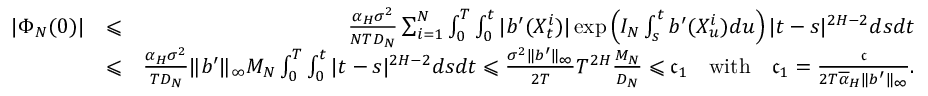
\begin{array} { r l r } { | \Phi _ { N } ( 0 ) | } & { \leqslant } & { \frac { \alpha _ { H } \sigma ^ { 2 } } { N T D _ { N } } \sum _ { i = 1 } ^ { N } \int _ { 0 } ^ { T } \int _ { 0 } ^ { t } | b ^ { \prime } ( X _ { t } ^ { i } ) | \exp \left( I _ { N } \int _ { s } ^ { t } b ^ { \prime } ( X _ { u } ^ { i } ) d u \right) | t - s | ^ { 2 H - 2 } d s d t } \\ & { \leqslant } & { \frac { \alpha _ { H } \sigma ^ { 2 } } { T D _ { N } } \| b ^ { \prime } \| _ { \infty } M _ { N } \int _ { 0 } ^ { T } \int _ { 0 } ^ { t } | t - s | ^ { 2 H - 2 } d s d t \leqslant \frac { \sigma ^ { 2 } \| b ^ { \prime } \| _ { \infty } } { 2 T } T ^ { 2 H } \frac { M _ { N } } { D _ { N } } \leqslant \mathfrak c _ { 1 } \quad \mathrm { w i t h } \quad \mathfrak c _ { 1 } = \frac { \mathfrak c } { 2 T \overline { \alpha } _ { H } \| b ^ { \prime } \| _ { \infty } } . } \end{array}